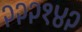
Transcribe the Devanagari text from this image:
२२२१४२